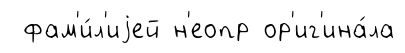
фам'и́л'иjей н'еопр ор'иг'ина́ла